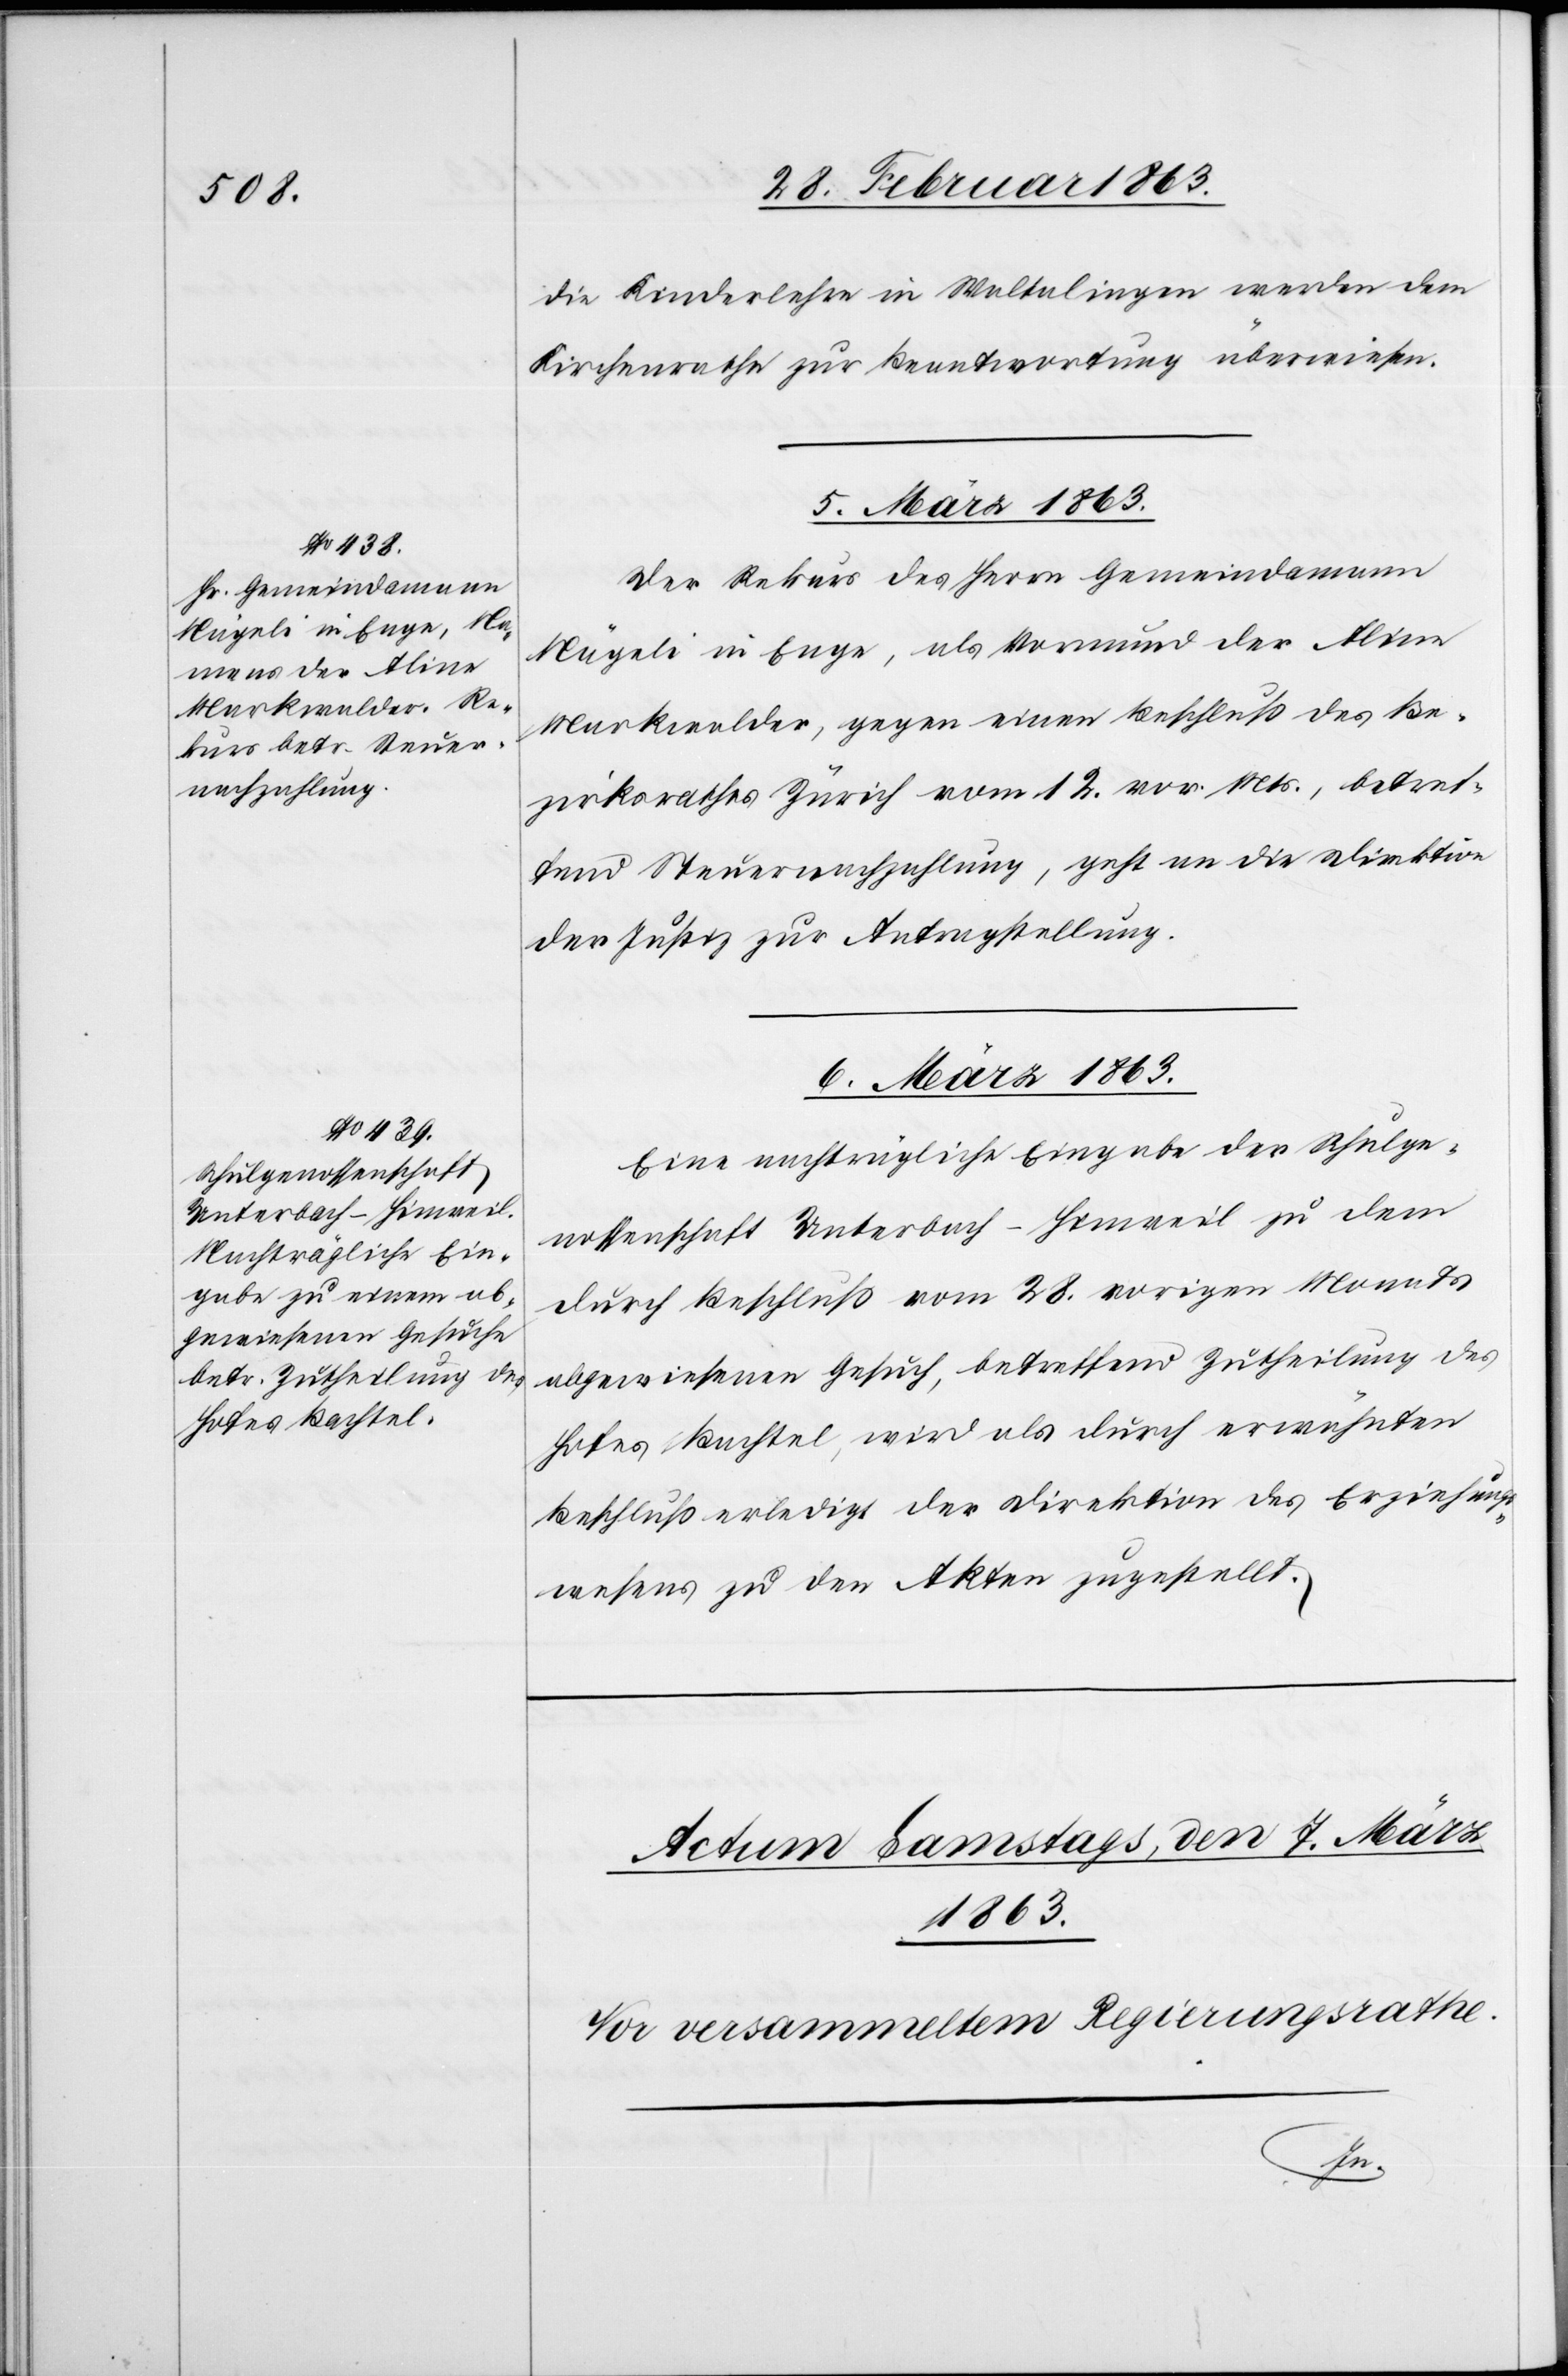
die Kinderlehre in Waltalingen werden dem
Kirchenrathe zur Beantwortung überwiesen.
5. März 1863.
Der Rekurs des Herrn Gemeindamann
Nägeli in Enge, als Vormund der Alina
Markwalder, gegen einen Beschluß des Be¬
zirksrathes Zürich vom 12. vor. Mts., betref¬
fend Steuernachzahlung, geht an die Direktion
der Justiz zur Antragstellung.
6. März 1863.
Eine nachträgliche Eingabe der Schulge¬
nossenschaft Unterbach-Hinweil zu dem
durch Beschluß vom 28. vorigen Monats
abgewiesenen Gesuch, betreffend Zutheilung des
Hofes Bachtel, wird als durch erwähnten
Beschluß erledigt der Direktion des Erziehungs¬
wesens zu den Akten zugestellt.